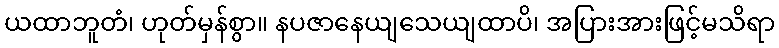
ယထာဘူတံ၊ ဟုတ်မှန်စွာ။ နပဇာနေယျသေယျထာပိ၊ အပြားအားဖြင့်မသိရာ